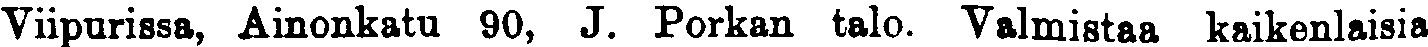
Viipurissa, Ainonkatu 90, J. Porkan talo. Valmistaa kaikenlaisia